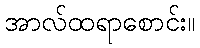
အာလ်ထရာစောင်း။